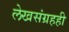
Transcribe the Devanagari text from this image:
लेखसंग्रहही